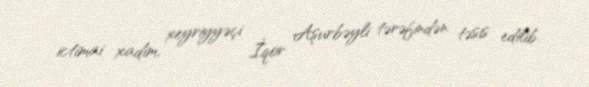
ictimai xadim, xeyriyyəçi İqor Aşurbəyli tərəfindən təsis edilib.